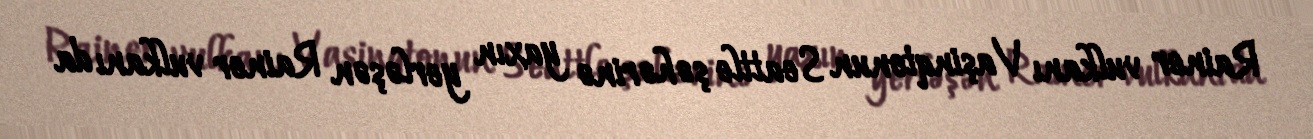
Rainer vulkanı Vaşinqtonun Seattle şəhərinə yaxın yerləşən Rainer vulkanı da